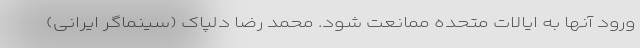
ورود آنها به ایالات متحده ممانعت شود. محمد رضا دلپاک (سینماگر ایرانی)